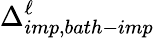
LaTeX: \Delta_{imp,bath-imp}^{\ell}